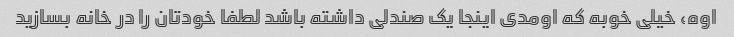
اوه، خیلی خوبه که اومدی اینجا یک صندلی داشته باشد لطفا خودتان را در خانه بسازید